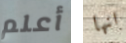
أعلم انها